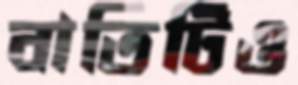
বাতিটিও